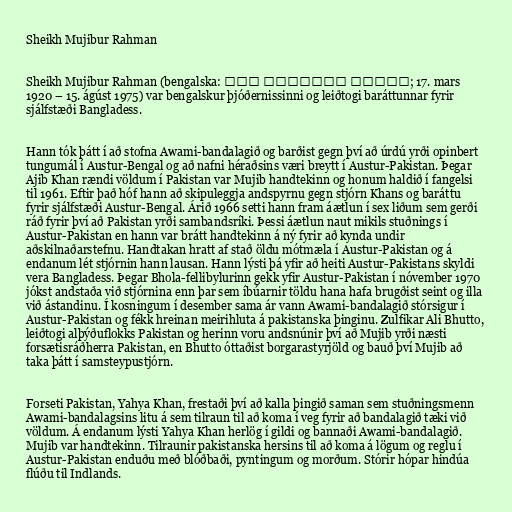
Sheikh Mujibur Rahman

Sheikh Mujibur Rahman (bengalska: শেখ মুজিবুর রহমান; 17. mars
1920 – 15. ágúst 1975) var bengalskur þjóðernissinni og leiðtogi baráttunnar fyrir
sjálfstæði Bangladess.

Hann tók þátt í að stofna Awami-bandalagið og barðist gegn því að úrdú yrði opinbert
tungumál í Austur-Bengal og að nafni héraðsins væri breytt í Austur-Pakistan. Þegar
Ajib Khan rændi völdum í Pakistan var Mujib handtekinn og honum haldið í fangelsi
til 1961. Eftir það hóf hann að skipuleggja andspyrnu gegn stjórn Khans og baráttu
fyrir sjálfstæði Austur-Bengal. Árið 1966 setti hann fram áætlun í sex liðum sem gerði
ráð fyrir því að Pakistan yrði sambandsríki. Þessi áætlun naut mikils stuðnings í
Austur-Pakistan en hann var brátt handtekinn á ný fyrir að kynda undir
aðskilnaðarstefnu. Handtakan hratt af stað öldu mótmæla í Austur-Pakistan og á
endanum lét stjórnin hann lausan. Hann lýsti þá yfir að heiti Austur-Pakistans skyldi
vera Bangladess. Þegar Bhola-fellibylurinn gekk yfir Austur-Pakistan í nóvember 1970
jókst andstaða við stjórnina enn þar sem íbúarnir töldu hana hafa brugðist seint og illa
við ástandinu. Í kosningum í desember sama ár vann Awami-bandalagið stórsigur í
Austur-Pakistan og fékk hreinan meirihluta á pakistanska þinginu. Zulfikar Ali Bhutto,
leiðtogi alþýðuflokks Pakistan og herinn voru andsnúnir því að Mujib yrði næsti
forsætisráðherra Pakistan, en Bhutto óttaðist borgarastyrjöld og bauð því Mujib að
taka þátt í samsteypustjórn.

Forseti Pakistan, Yahya Khan, frestaði því að kalla þingið saman sem stuðningsmenn
Awami-bandalagsins litu á sem tilraun til að koma í veg fyrir að bandalagið tæki við
völdum. Á endanum lýsti Yahya Khan herlög í gildi og bannaði Awami-bandalagið.
Mujib var handtekinn. Tilraunir pakistanska hersins til að koma á lögum og reglu í
Austur-Pakistan enduðu með blóðbaði, pyntingum og morðum. Stórir hópar hindúa
flúðu til Indlands.